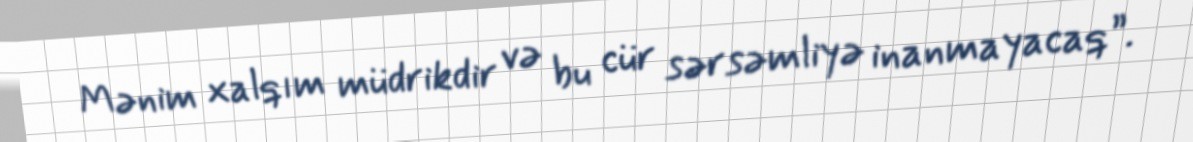
Mənim xalqım müdrikdir və bu cür sərsəmliyə inanmayacaq”.